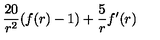
{ \frac { 2 0 } { r ^ { 2 } } } ( f ( r ) - 1 ) + { \frac { 5 } { r } } f ^ { \prime } ( r )